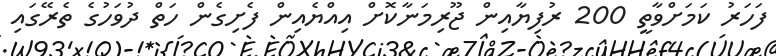
ފަހަރު ކަމަށްވާތީ 200 ރުފިޔާއިން ޖޫރިމަނާކޮށް އިއްޔެއިން ފެށިގެން ހަތް ދުވަހުގެ ތެރޭގައި